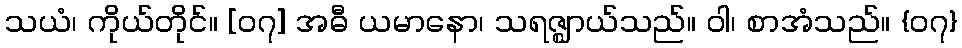
သယံ၊ ကိုယ်တိုင်။ [၀၇] အဓီ ယမာနော၊ သရဇ္ဈာယ်သည်။ ဝါ၊ စာအံသည်။ {၀၇}